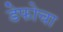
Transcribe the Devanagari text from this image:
डेफोचा